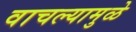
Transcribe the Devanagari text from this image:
वाचल्यामुळे